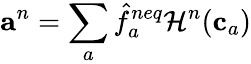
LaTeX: \mathbf{a}^{n}=\sum_{a}\hat{f}_{a}^{neq}\mathcal{H}^{n}(\mathbf{c}_{a})